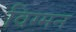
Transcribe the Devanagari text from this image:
विग्मन